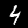
Label: 4